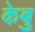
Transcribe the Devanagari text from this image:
केबु